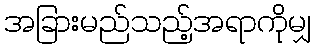
အခြားမည်သည့်အရာကိုမျှ